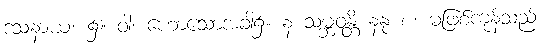
ဒသနာယံ၊ ၌။ ဝါ၊ ဟောသောအခါ၌။ န သမ္ဘဝန္တိ နနု စ၊ မဖြစ်ကုန်သည်